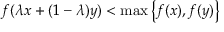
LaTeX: f ( \lambda x + ( 1 - \lambda ) y ) < \operatorname* { m a x } { \big \{ } f ( x ) , f ( y ) { \big \} }